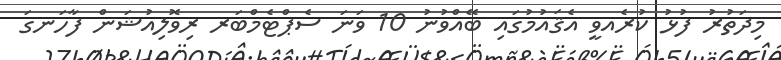
މިދަތުރު ފުޅު ކުރެއވީ އެޤައުމުގައި ބޭއްވުނު 10 ވަނަ ސެޕްޓެމްބަރ ރިވޮލިއުޝަން ފާހަނގަ